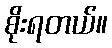
စိုးရတယ်။